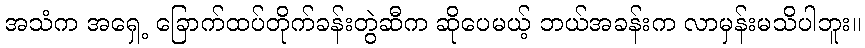
အသံက အရှေ့ ခြောက်ထပ်တိုက်ခန်းတွဲဆီက ဆိုပေမယ့် ဘယ်အခန်းက လာမှန်းမသိပါဘူး။